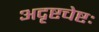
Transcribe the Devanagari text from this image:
अदृष्टचेष्टः